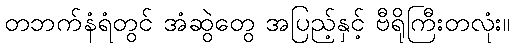
တဘက်နံရံတွင် အံဆွဲတွေ အပြည့်နှင့် ဗီရိုကြီးတလုံး။